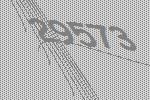
29573